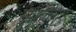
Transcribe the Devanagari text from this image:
सूर्यप्रतिमाएँ